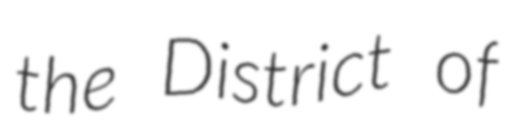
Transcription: the District of